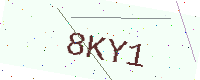
Text: 8KY1